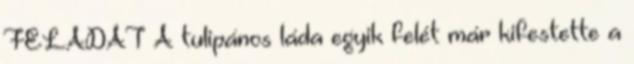
FELADAT A tulipános láda egyik felét már kifestette a